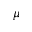
\mu